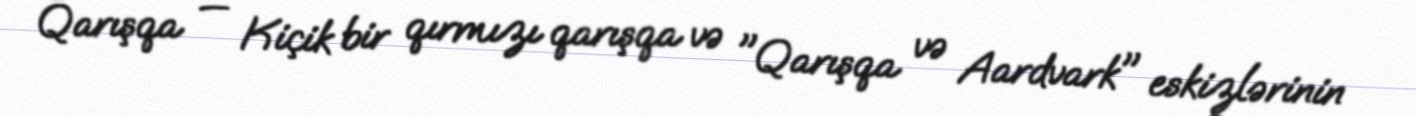
Qarışqa — Kiçik bir qırmızı qarışqa və "Qarışqa və Aardvark" eskizlərinin